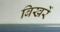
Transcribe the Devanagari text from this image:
बिखरें